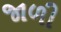
જાળી